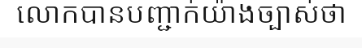
លោកបានបញ្ជាក់យ៉ាងច្បាស់ថា